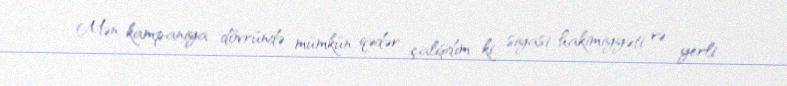
- Mən kampaniya dövründə mümkün qədər çalışdım ki, siyasi hakimiyyəti və yerli